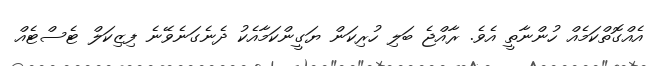
އެއްގޮތްކަމެއް ހުންނާތީ އެވެ. ރާއްޖެ ބަލި ހުރިކަން ޔަގީންކަމާއެކު ދެނެގަނެވޭނެ ފިޒިކަލް ޓެސްޓެއް